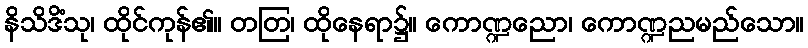
နိသိဒိံသု၊ ထိုင်ကုန်၏။ တတြ၊ ထိုနေရာ၌။ ကောဏ္ဍညော၊ ကောဏ္ဍညမည်သော။